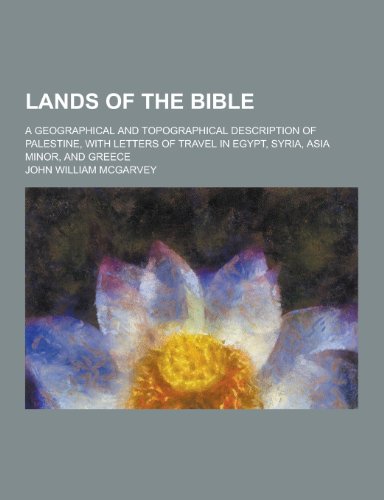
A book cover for Lands of the Bible; A Geographical and Topographical Description of Palestine, with Letters of Travel in Egypt, Syria, Asia Minor, and Greece; John William McGarvey; Travel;